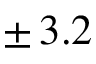
\pm \, 3 . 2